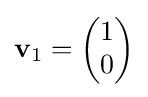
\mathbf {v} _{1}={\begin{pmatrix}1\\0\end{pmatrix}}